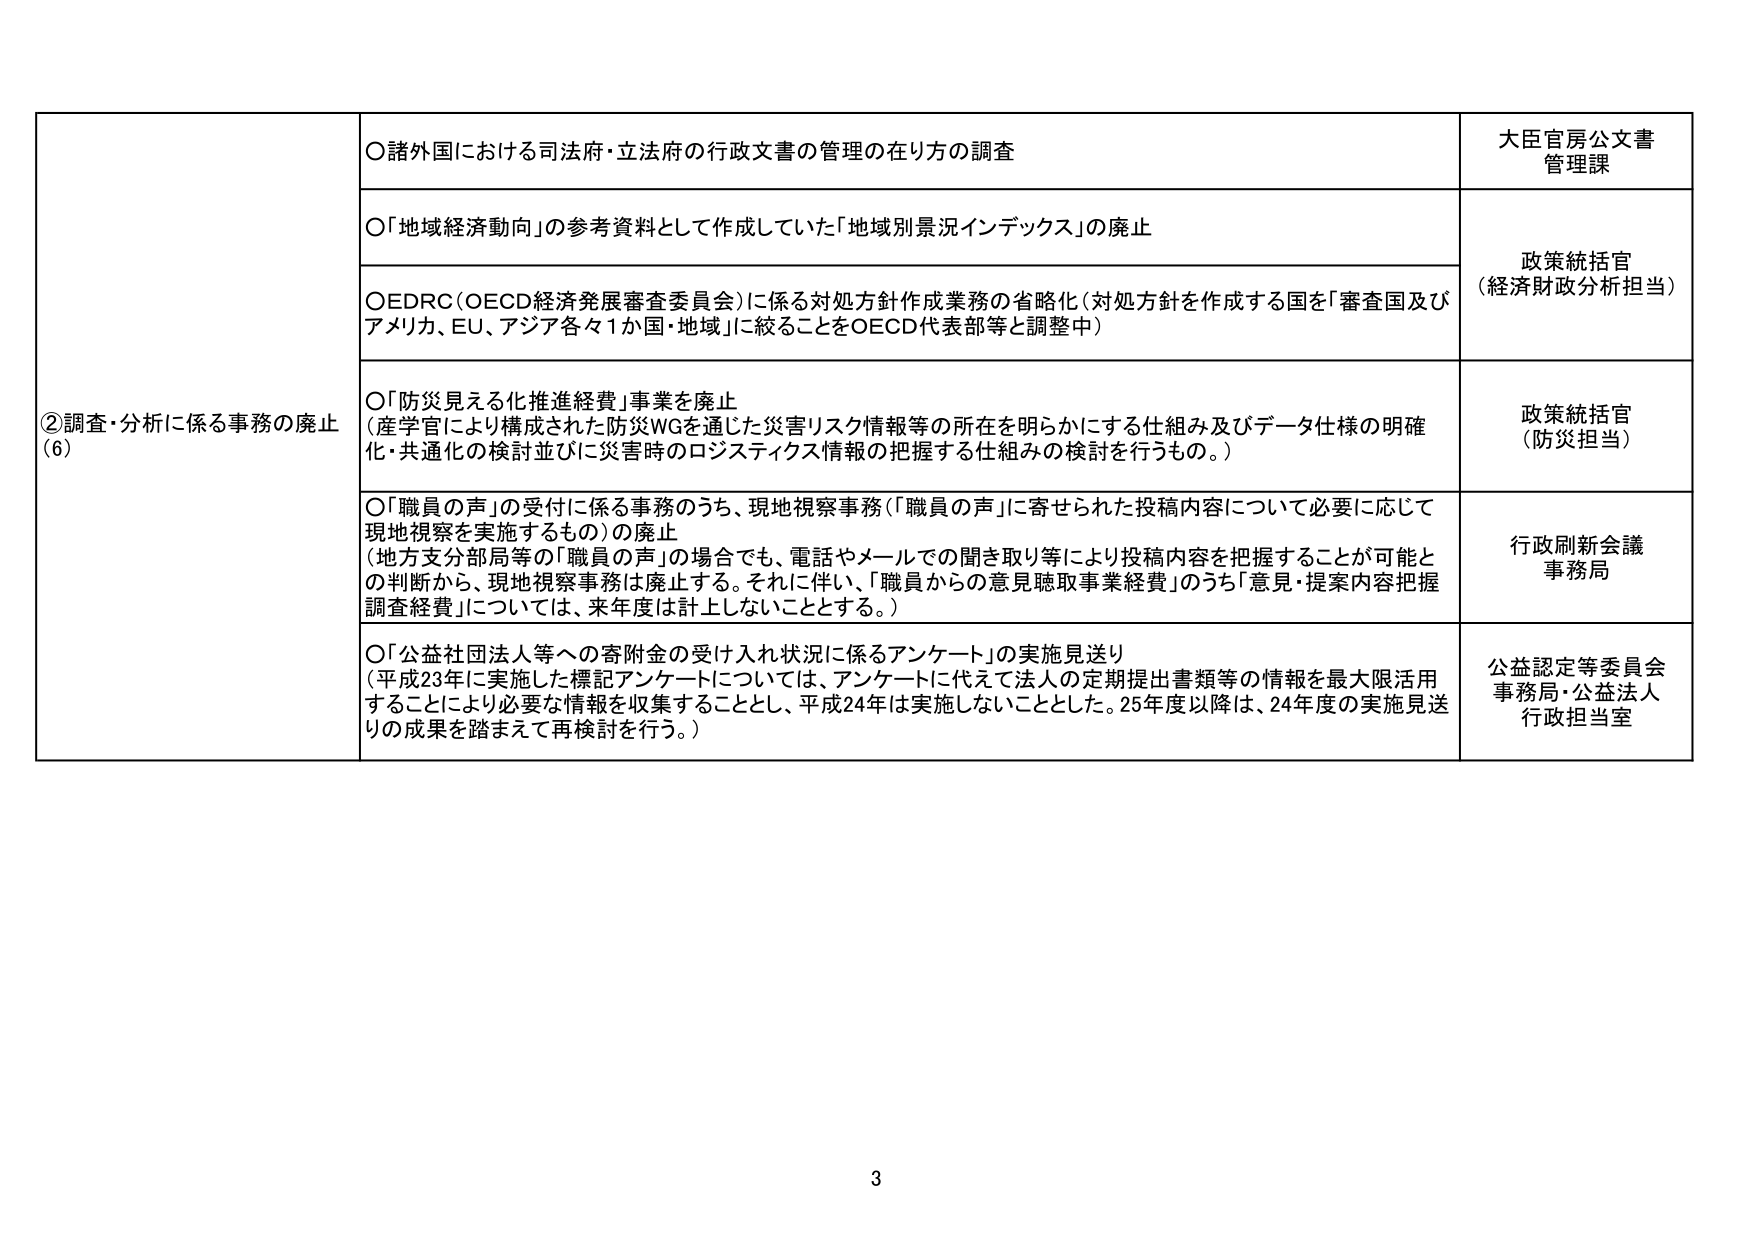
②調査・分析に係る事務の廃止
(6)

○諸外国における司法府・立法府の行政文書の管理の在り方の調査
大臣官房公文書管理課

○「地域経済動向」の参考資料として作成していた「地域別景況インデックス」の廃止
政策統括官（経済財政分析担当）

○EDRC（OECD経済発展審査委員会）に係る対処方針作成業務の省略化（対処方針を作成する国を「審査国及びアメリカ、EU、アジア各々1か国・地域」に絞ることをOECD代表部等と調整中）

○「防災見える化推進経費」事業を廃止
（産学官により構成された防災WGを通じた災害リスク情報等の所在を明らかにする仕組み及びデータ仕様の明確化・共通化の検討並びに災害時のロジスティクス情報の把握する仕組みの検討を行うもの。）
政策統括官（防災担当）

○「職員の声」の受付に係る事務のうち、現地視察事務（「職員の声」に寄せられた投稿内容について必要に応じて現地視察を実施するもの）の廃止
（地方支分部局等の「職員の声」の場合でも、電話やメールでの聞き取り等により投稿内容を把握することが可能との判断から、現地視察事務は廃止する。それに伴い、「職員からの意見聴取事業経費」のうち「意見・提案内容把握調査経費」については、来年度は計上しないこととする。）
行政刷新会議事務局

○「公益社団法人等への寄附金の受け入れ状況に係るアンケート」の実施見送り
（平成23年に実施した標記アンケートについては、アンケートに代えて法人の定期提出書類等の情報を最大限活用することにより必要な情報を収集することとし、平成24年は実施しないこととした。25年度以降は、24年度の実施見送りの成果を踏まえて再検討を行う。）
公益認定等委員会事務局・公益法人行政担当室

3